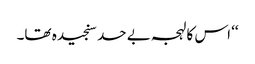
‘‘ اس کا لہجہ بے حد سنجیدہ تھا۔